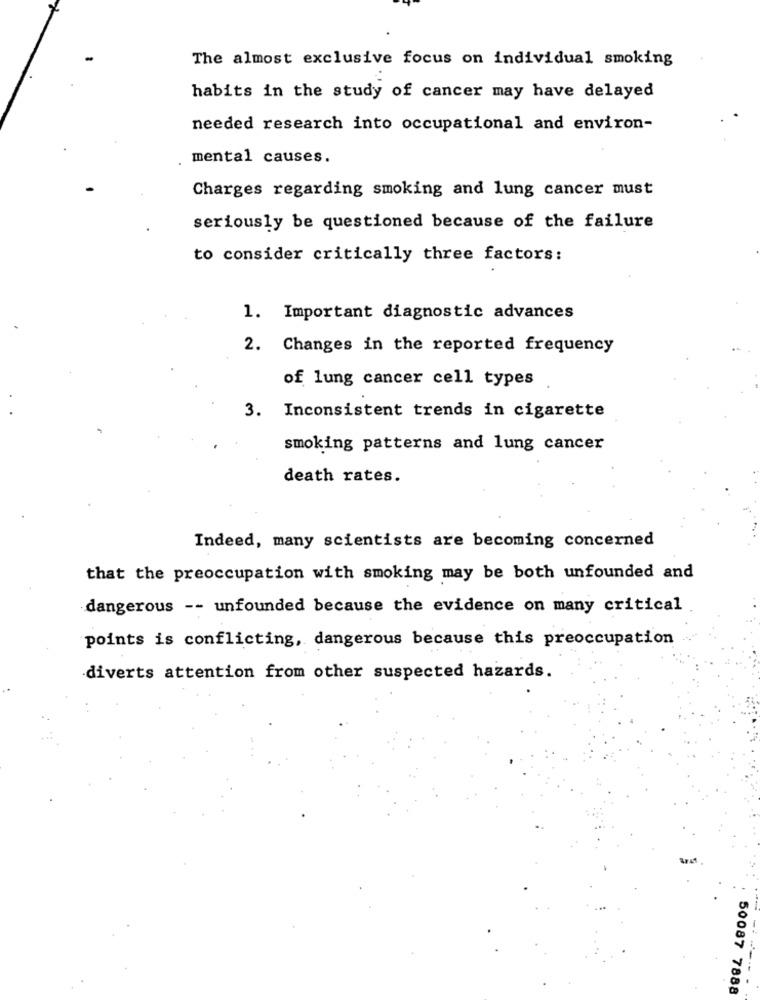
The almost exclusive focus on individual smoking
habits in the study of cancer may have delayed
needed research into occupational and environ-
mental causes.
Charges regarding smoking and lung cancer must
seriously be questioned because of the failure
to consider critically three factors:
1. Important diagnostic advances
2. Changes in the reported frequency
of lung cancer cell types
3. Inconsistent trends in cigarette
smoking patterns and lung cancer
death rates.
Indeed, many scientists are becoming concerned
that the preoccupation with smoking may be both unfounded and
dangerous -- unfounded because the evidence on many critical
points is conflicting, dangerous because this preoccupation
diverts attention from other suspected hazards.
50087 7888